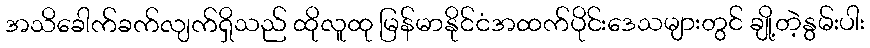
အသိခေါက်ခက်လျက်ရှိသည် ထိုလူထု မြန်မာနိုင်ငံအထက်ပိုင်းဒေသများတွင် ချို့တဲ့နွမ်းပါး